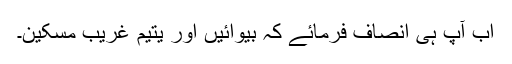
اب آپ ہی انصاف فرمائے کہ بیوائیں اور یتیم غریب مسکین۔